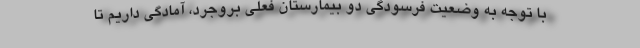
با توجه به وضعیت فرسودگی دو بیمارستان فعلی بروجرد، آمادگی داریم تا